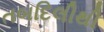
તબદિલીથી